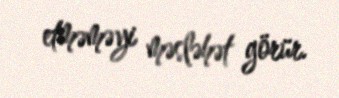
etməməyi məsləhət görür.